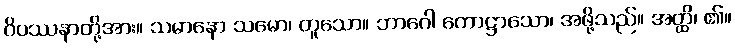
ဝိပဿနာတို့အား။ သမာနော သမော၊ တူသော။ ဘာဂေါ ကောဋ္ဌာသော၊ အဖို့သည်။ အတ္ထိ၊ ၏။